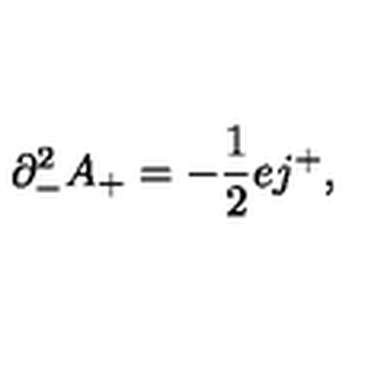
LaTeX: { \partial } _ { - } ^ { 2 } A _ { + } = - \frac { 1 } { 2 } e j ^ { + } ,